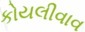
કોયલીવાવ